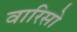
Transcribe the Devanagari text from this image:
वारिसो